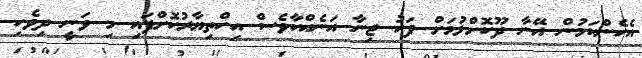
އެހެންކަމުން އޭނާ ދޫކޮށްލުމަށް ފަހު ޖިނާ އަނެއްކާވެސް އިހްތިޔާރުކޮށްފައި މި ވަނީ ދިވެހި